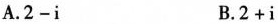
A. 2-i B. 2+i